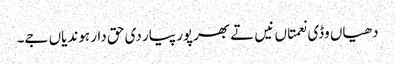
دھیاں وڈی نعمتاں نیں تے بھرپور پیار دی حق دار ہوندیاں جے۔